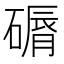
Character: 磭